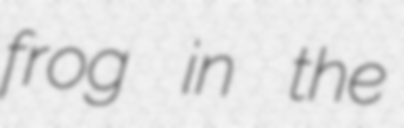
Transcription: frog in the